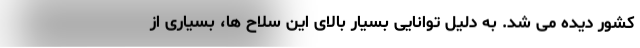
کشور دیده می شد. به دلیل توانایی بسیار بالای این سلاح ها، بسیاری از